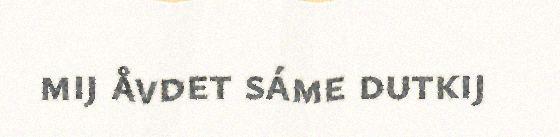
mij åvdet sáme dutkij